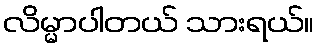
လိမ္မာပါတယ် သားရယ်။